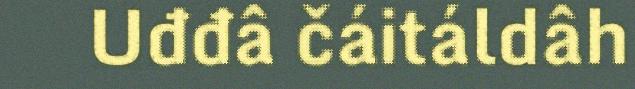
Uđđâ čáitáldâh